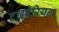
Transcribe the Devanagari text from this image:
टाइबेरियन